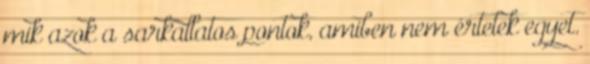
mik azok a sarkallatos pontok, amiben nem értetek egyet.